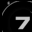
Digit: 7